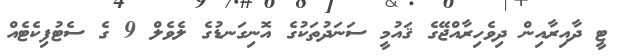
ޓީ ދާއިރާއިން ދިވެހިރާއްޖޭގެ ޤައުމީ ސަނަދުތަކުގެ އޮނިގަނޑުގެ ލެވެލް 9 ގެ ސެޓުފިކެޓެއް